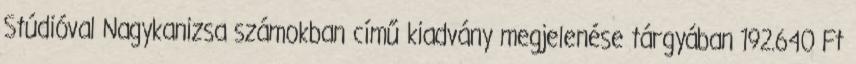
Stúdióval Nagykanizsa számokban című kiadvány megjelenése tárgyában 192.640 Ft